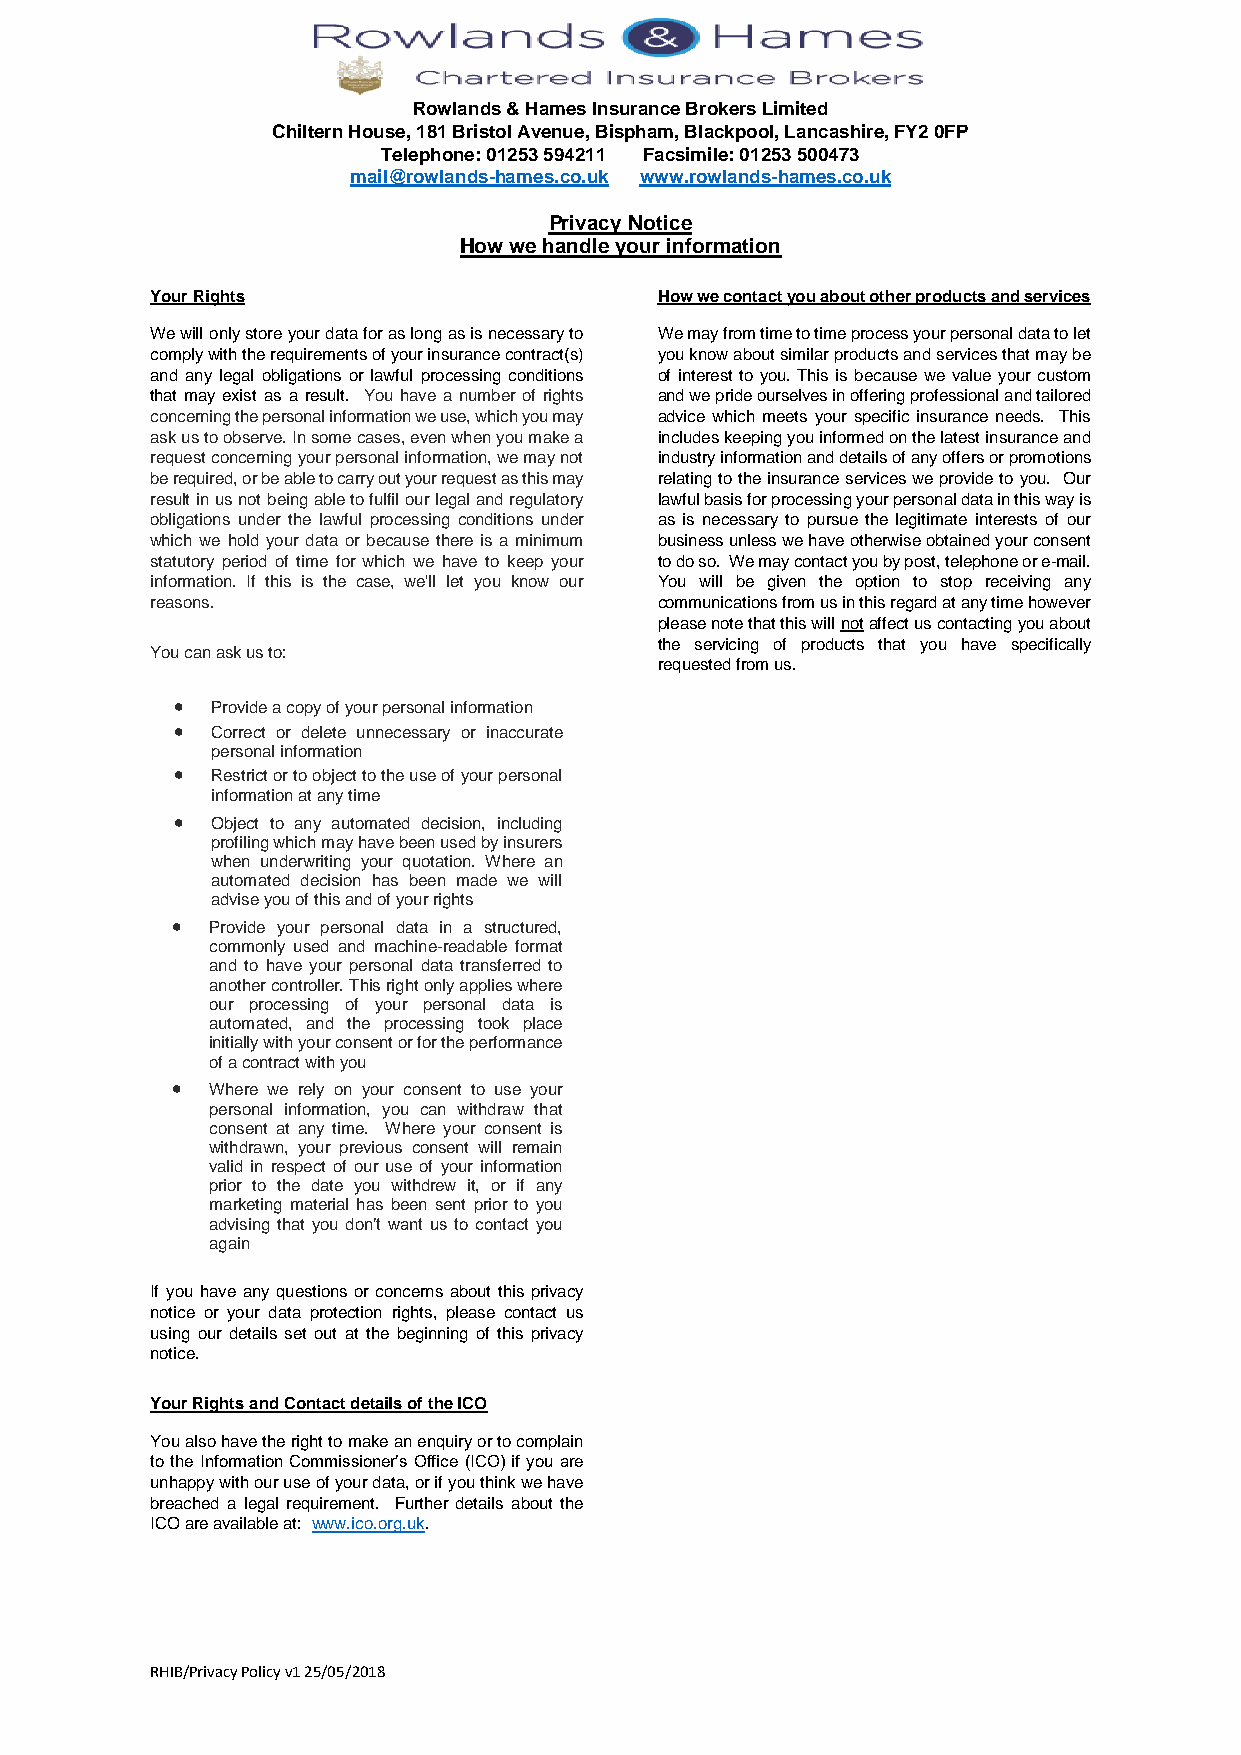
Rowlands & Hames Insurance Brokers Limited
 Chiltern House, 181 Bristol Avenue, Bispham, Blackpool, Lancashire, FY2 0FP
 Telephone: 01253 594211 Facsimile: 01253 500473
 mail@rowlands-hames.co.uk www.rowlands-hames.co.uk
 Privacy Notice
 How we handle your information
 Your Rights                       How we contact you about other products and services
 We will only store your data for as long as is necessary to We may from time to time process your personal data to let
 comply with the requirements of your insurance contract(s) you know about similar products and services that may be
 and any legal obligations or lawful processing conditions of interest to you. This is because we value your custom
 that may exist as a result. You have a number of rights and we pride ourselves in offering professional and tailored
 concerning the personal information we use, which you may advice which meets your specific insurance needs. This
 ask us to observe. In some cases, even when you make a includes keeping you informed on the latest insurance and
 request concerning your personal information, we may not industry information and details of any offers or promotions
 be required, or be able to carry out your request as this may relating to the insurance services we provide to you. Our
 result in us not being able to fulfil our legal and regulatory lawful basis for processing your personal data in this way is
 obligations under the lawful processing conditions under as is necessary to pursue the legitimate interests of our
 which we hold your data or because there is a minimum business unless we have otherwise obtained your consent
 statutory period of time for which we have to keep your to do so. We may contact you by post, telephone or e-mail.
 information. If this is the case, we'll let you know our You will be given the option to stop receiving any
 reasons.                          communications from us in this regard at any time however
 please note that this will not affect us contacting you about
 the servicing of products that you have specifically
 You can ask us to:
 requested from us.
 •  Provide a copy of your personal information
 •  Correct or delete unnecessary or inaccurate
 personal information
 •  Restrict or to object to the use of your personal
 information at any time
 •  Object to any automated decision, including
 profiling which may have been used by insurers
 when underwriting your quotation. Where an
 automated decision has been made we will
 advise you of this and of your rights
 •  Provide your personal data in a structured,
 commonly used and machine-readable format
 and to have your personal data transferred to
 another controller. This right only applies where
 our processing of your personal data is
 automated, and the processing took place
 initially with your consent or for the performance
 of a contract with you
 •  Where we rely on your consent to use your
 personal information, you can withdraw that
 consent at any time. Where your consent is
 withdrawn, your previous consent will remain
 valid in respect of our use of your information
 prior to the date you withdrew it, or if any
 marketing material has been sent prior to you
 advising that you don’t want us to contact you
 again
 If you have any questions or concerns about this privacy
 notice or your data protection rights, please contact us
 using our details set out at the beginning of this privacy
 notice.
 Your Rights and Contact details of the ICO
 You also have the right to make an enquiry or to complain
 to the Information Commissioner’s Office (ICO) if you are
 unhappy with our use of your data, or if you think we have
 breached a legal requirement. Further details about the
 ICO are available at: www.ico.org.uk.
 RHIB/Privacy Policy v1 25/05/2018